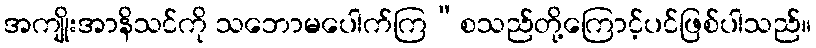
အကျိုးအာနိသင်ကို သဘောမပေါက်ကြ”စသည်တို့ကြောင့်ပင်ဖြစ်ပါသည်။